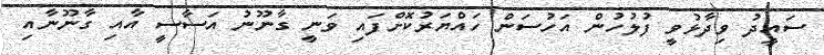
ސައީދު ވިދާޅުވީ ފުލުހުން އަހުސަން ހައްޔަރުކޮށްފައި ވަނީ ގާނޫނު އަސާސީ އާއި ގާނޫނާއި